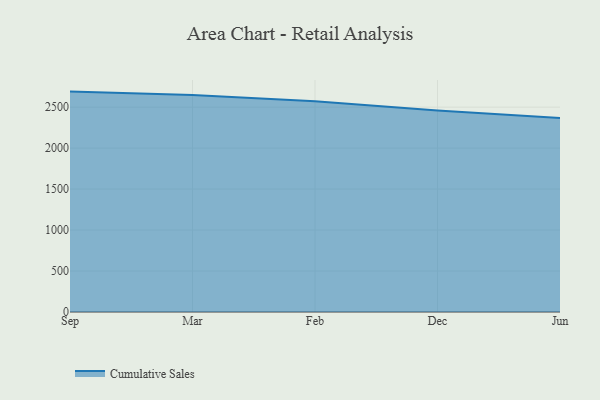
{"axis": {"x": "Month", "y": "LTV (USD)"}, "legend": ["Cumulative Sales"], "data": [{"x": "Sep", "y": 2689.5, "type": "Cumulative Sales"}, {"x": "Mar", "y": 2649.5, "type": "Cumulative Sales"}, {"x": "Feb", "y": 2572.4, "type": "Cumulative Sales"}, {"x": "Dec", "y": 2460.1, "type": "Cumulative Sales"}, {"x": "Jun", "y": 2368.6, "type": "Cumulative Sales"}]}